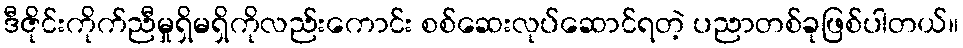
ဒီဇိုင်းကိုက်ညီမှုရှိမရှိကိုလည်းကောင်း စစ်ဆေးလုပ်ဆောင်ရတဲ့ ပညာတစ်ခုဖြစ်ပါတယ်။